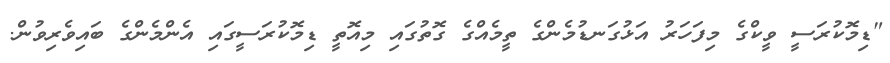
"ޑިމޮކުރަސީ ވީކްގެ މިފަހަރު އަޅުގަނޑުމެންގެ ތީމެއްގެ ގޮތުގައި މިއޮތީ ޑިމޮކުރަސީގައި އެންމެންގެ ބައިވެރިވުން.